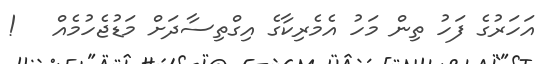
އަހަރުގެ ފަހު ތިން މަހު އެމެރިކާގެ އިގްތިސާދަށް މަޑުޖެހުމެއް   !